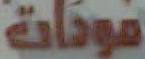
مودات